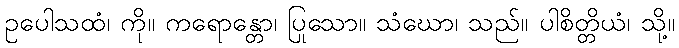
ဥပေါသထံ၊ ကို။ ကရောန္တော၊ ပြုသော။ သံဃော၊ သည်။ ပါစိတ္တိယံ၊ သို့။